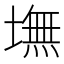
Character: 墲